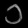
Digit: ၁